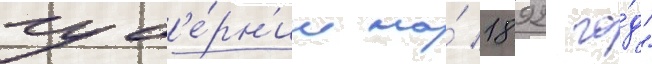
губ'е́рн'ии на́ 1892 го́д"